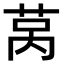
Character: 莴